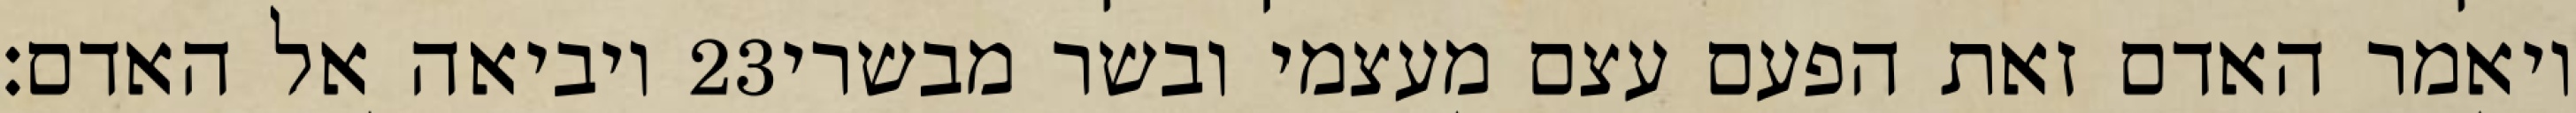
ויביאה אל האדם׃ ‎23‏ ויאמר האדם זאת הפעם עצם מעצמי ובשר מבשרי